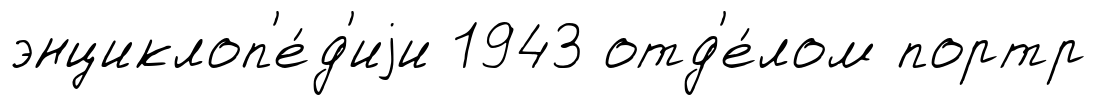
энциклоп'е́д'иjи 1943 отд'е́лом портр